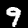
Label: 9